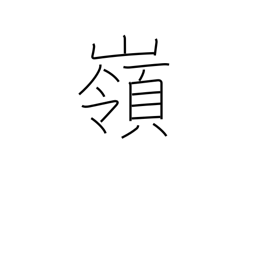
Meaning: summit